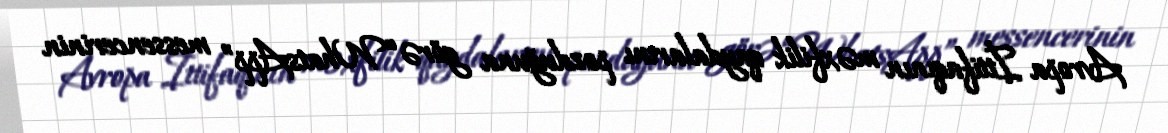
Avropa İttifaqının məxfilik qaydalarını pozduğuna görə “WhatsApp” messencerinin